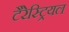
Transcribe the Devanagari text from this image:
टैरेस्ट्रियल